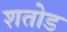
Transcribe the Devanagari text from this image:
शतोड